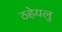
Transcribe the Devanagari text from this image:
ठहेयलु